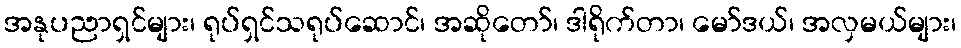
အနုပညာရှင်များ၊ ရုပ်ရှင်သရုပ်ဆောင်၊ အဆိုတော်၊ ဒါရိုက်တာ၊ မော်ဒယ်၊ အလှမယ်များ၊